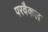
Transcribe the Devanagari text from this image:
परवैकल